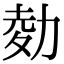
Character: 𠡭